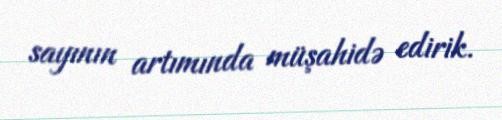
sayının artımında müşahidə edirik.